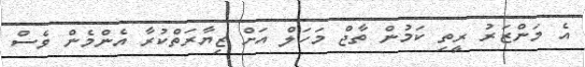
އެ މަންޒަރު ރީތި ކަމުން ތާޖް މަހަލް އަށް ޒިޔާރަތްކުރާ އެންމެން ވެސް